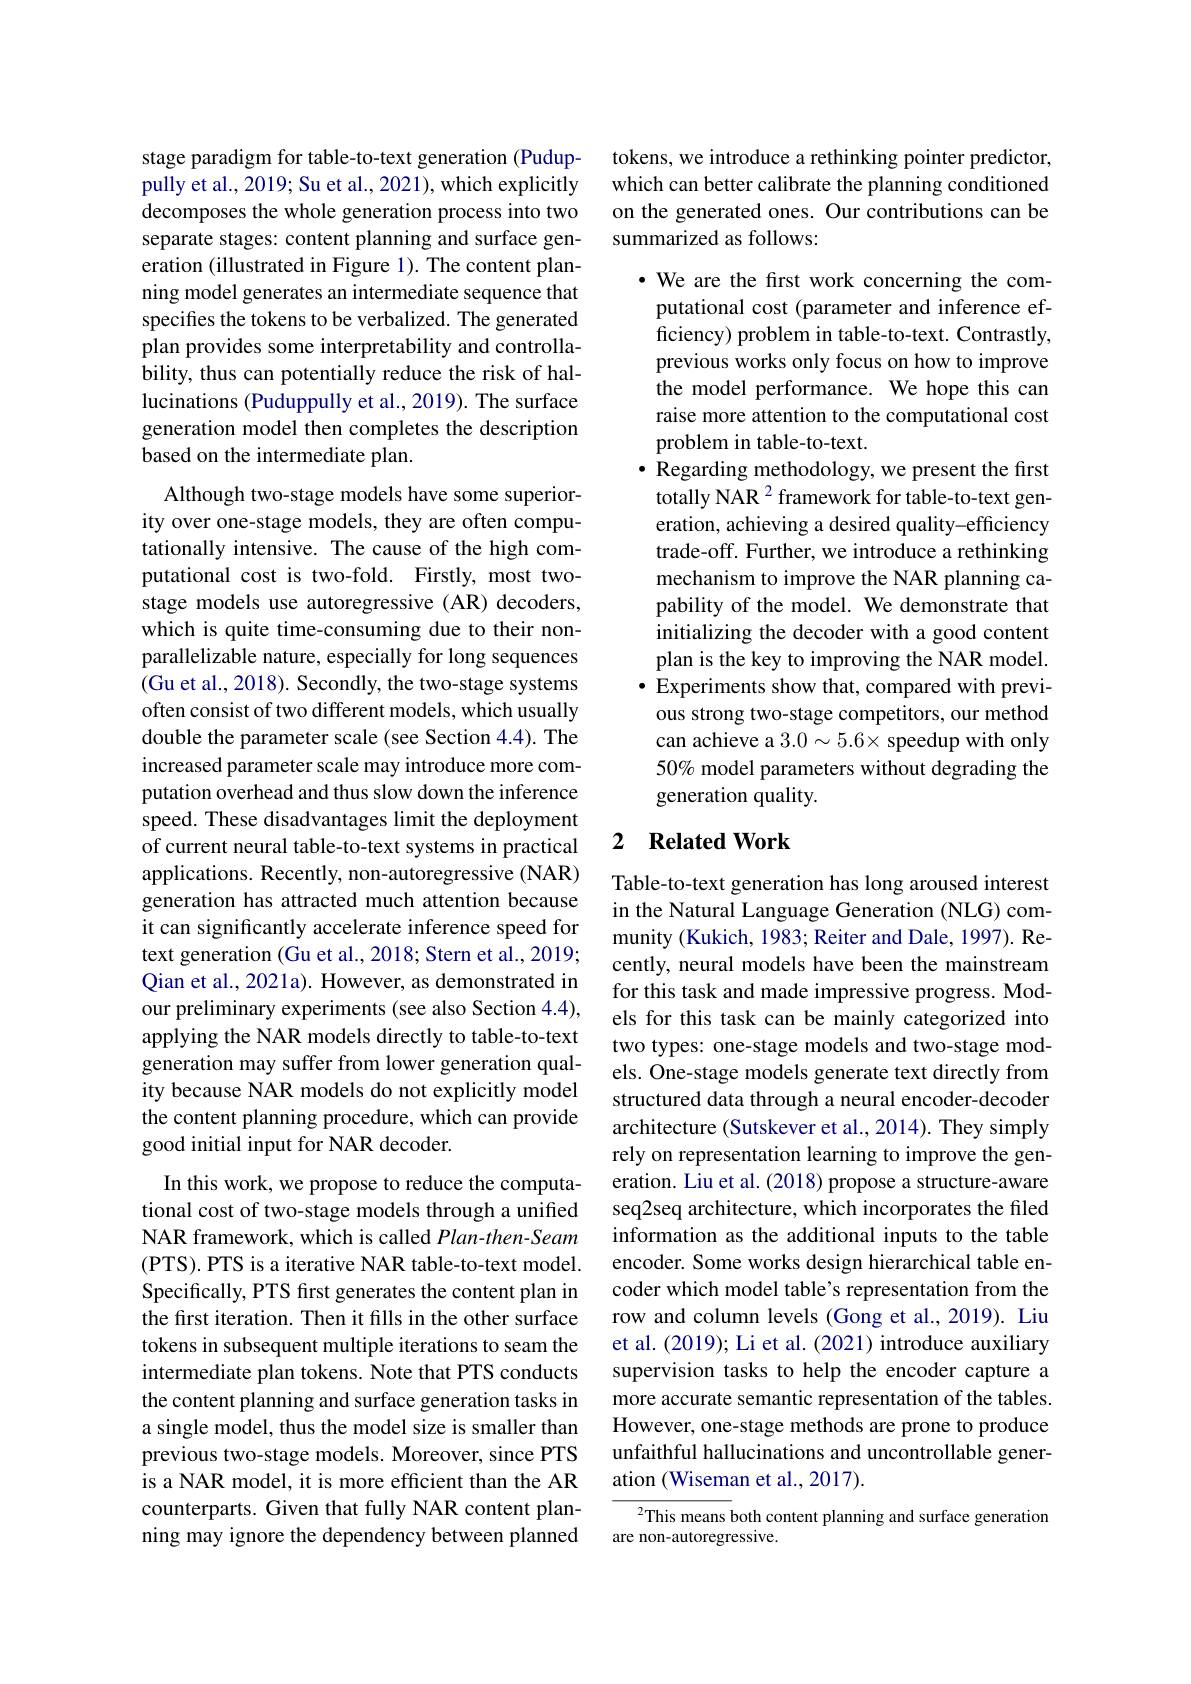
stage paradigm for table-to-text generation (Puduppully et al., 2019; Su et al., 2021), which explicitly decomposes the whole generation process into two separate stages: content planning and surface generation (illustrated in Figure 1). The content planning model generates an intermediate sequence that specifies the tokens to be verbalized. The generated plan provides some interpretability and controllability, thus can potentially reduce the risk of hallucinations (Puduppully et al., 2019). The surface generation model then completes the description based on the intermediate plan.

Although two-stage models have some superiority over one-stage models, they are often computationally intensive. The cause of the high computational cost is two-fold. Firstly, most twostage models use autoregressive (AR) decoders, which is quite time-consuming due to their nonparallelizable nature, especially for long sequences (Gu et al., 2018). Secondly, the two-stage systems often consist of two different models, which usually double the parameter scale (see Section 4.4). The increased parameter scale may introduce more computation overhead and thus slow down the inference speed. These disadvantages limit the deployment of current neural table-to-text systems in practical applications. Recently, non-autoregressive (NAR) generation has attracted much attention because it can significantly accelerate inference speed for text generation (Gu et al., 2018; Stern et al., 2019; Qian et al., 2021a). However, as demonstrated in our preliminary experiments (see also Section 4.4), applying the NAR models directly to table-to-text generation may suffer from lower generation quality because NAR models do not explicitly model the content planning procedure, which can provide good initial input for NAR decoder.
In this work, we propose to reduce the computational cost of two-stage models through a unified NAR framework, which is called Plan-then-Seam (PTS). PTS is a iterative NAR table-to-text model. Specifically, PTS frst generates the content plan in the first iteration. Then it fills in the other surface tokens in subsequent multiple iterations to seam the intermediate plan tokens. Note that PTS conducts

the content planning and surface generation tasks in a single model, thus the model size is smaller than previous two-stage models. Moreover, since PTS is a NAR model, it is more efficient than the AR counterparts. Given that fully NAR content planning may ignore the dependency between planned

tokens, we introduce a rethinking pointer predictor, which can better calibrate the planning conditioned on the generated ones. Our contributions can be summarized as follows:

· We are the first work concerning the computational cost (parameter and inference efficiency) problem in table-to-text. Contrastly, previous works only focus on how to improve the model performance. We hope this can raise more attention to the computational cost problem in table-to-text.
$\bullet$ Regarding methodology, we present the first totally NAR $^{2}$ framework for table-to-text generation, achieving a desired quality-efficiency trade-off. Further, we introduce a rethinking mechanism to improve the NAR planning capability of the model. We demonstrate that initializing the decoder with a good content plan is the key to improving the NAR model. $\bullet$ Experiments show that, compared with previous strong two-stage competitors, our method can achieve a $3.0\sim5.6\times$ speedup with only 50% model parameters without degrading the generation quality.

### 2 $\textbf{Related Work}$

Table-to-text generation has long aroused interest in the Natural Language Generation (NLG) community (Kukich, 1983; Reiter and Dale, 1997). Recently, neural models have been the mainstream for this task and made impressive progress. Models for this task can be mainly categorized into two types: one-stage models and two-stage models. One-stage models generate text directly from structured data through a neural encoder-decoder architecture (Sutskever et al., 2014). They simply rely on representation learning to improve the generation. Liu et al. (2018) propose a structure-aware seq2seq architecture, which incorporates the filed information as the additional inputs to the table encoder. Some works design hierarchical table encoder which model table's representation from the row and column levels (Gong et al., 2019). Liu et al. (2019); Li et al. (2021) introduce auxiliary supervision tasks to help the encoder capture a more accurate semantic representation of the tables. However, one-stage methods are prone to produce unfaithful hallucinations and uncontrollable generation (Wiseman et al., 2017).
$^{2}$This means both content planning and surface generation

are non-autoregressive.